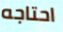
احتاجه